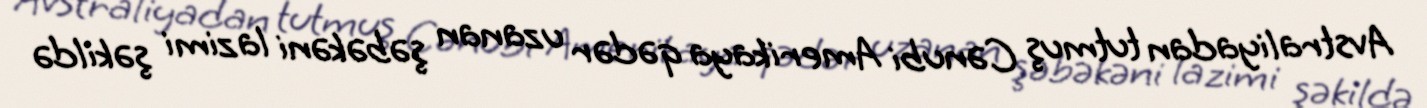
Avstraliyadan tutmuş Cənubi Amerikaya qədər uzanan şəbəkəni lazimi şəkildə